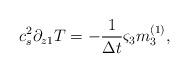
LaTeX: \begin{align*}c_s^2\partial _{z1}T =-\frac{1}{\Delta t} {\varsigma}_3{m}_3 ^{(1)},\end{align*}